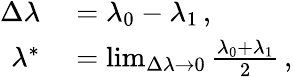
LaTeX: \begin{array}{rl}{\Delta\lambda}&{{}=\lambda_{0}-\lambda_{1}\, ,}\\ {\lambda^{*}}&{{}=\operatorname*{lim}_{\Delta\lambda\rightarrow 0}\frac{\lambda_{0}+\lambda_{1}}{2}\, ,}\end{array}